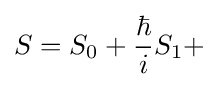
S=S_{0}+{\frac {\hbar }{i}}S_{1}+